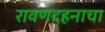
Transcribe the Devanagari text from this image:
रावणदहनाचा